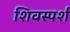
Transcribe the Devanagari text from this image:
शिवस्पर्श